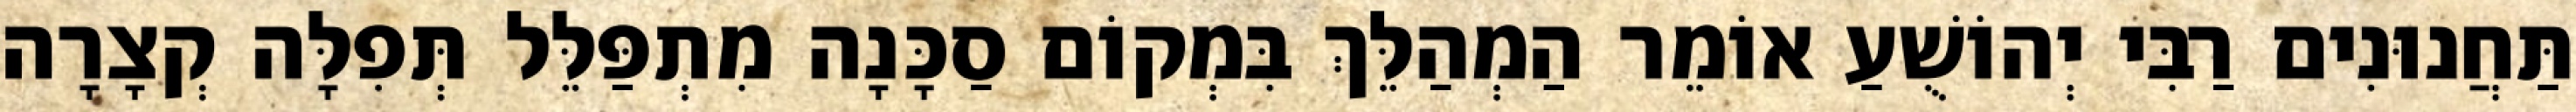
תַּחֲנוּנִים רַבִּי יְהוֹשֻׁעַ אוֹמֵר הַמְהַלֵּךְ בִּמְקוֹם סַכָּנָה מִתְפַּלֵּל תְּפִלָּה קְצָרָה